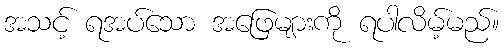
အသင့် ရအပ်သော အဖြေများကို ရပါလိမ့်မည်။